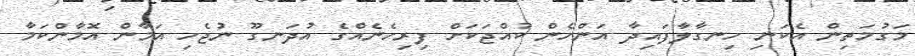
މަގުމަތިން އެކަނި ހިނގާލާފައިދާ އަންހެން ކުއްޖަކަށް ފިރިހެނެއްގެ އުދަނގޫ ނުޖެހި އަމާން އޮމާންކަމާ